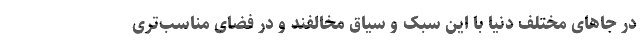
در جاهای مختلف دنیا با این سبک و سیاق مخالفند و در فضای مناسب‌تری